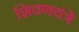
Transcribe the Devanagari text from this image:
शिवणयंत्रे